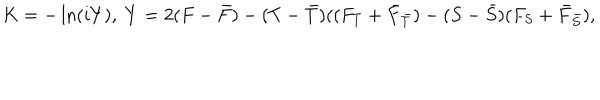
K = - \ln ( i Y ) , \; Y = 2 ( F - { \bar { F } } ) - ( T - { \bar { T } } ) ( ( F _ { T } + { \bar { F } } _ { \bar { T } } ) - ( S - { \bar { S } } ) ( F _ { S } + { \bar { F } } _ { \bar { S } } ) ,